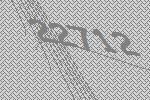
22712